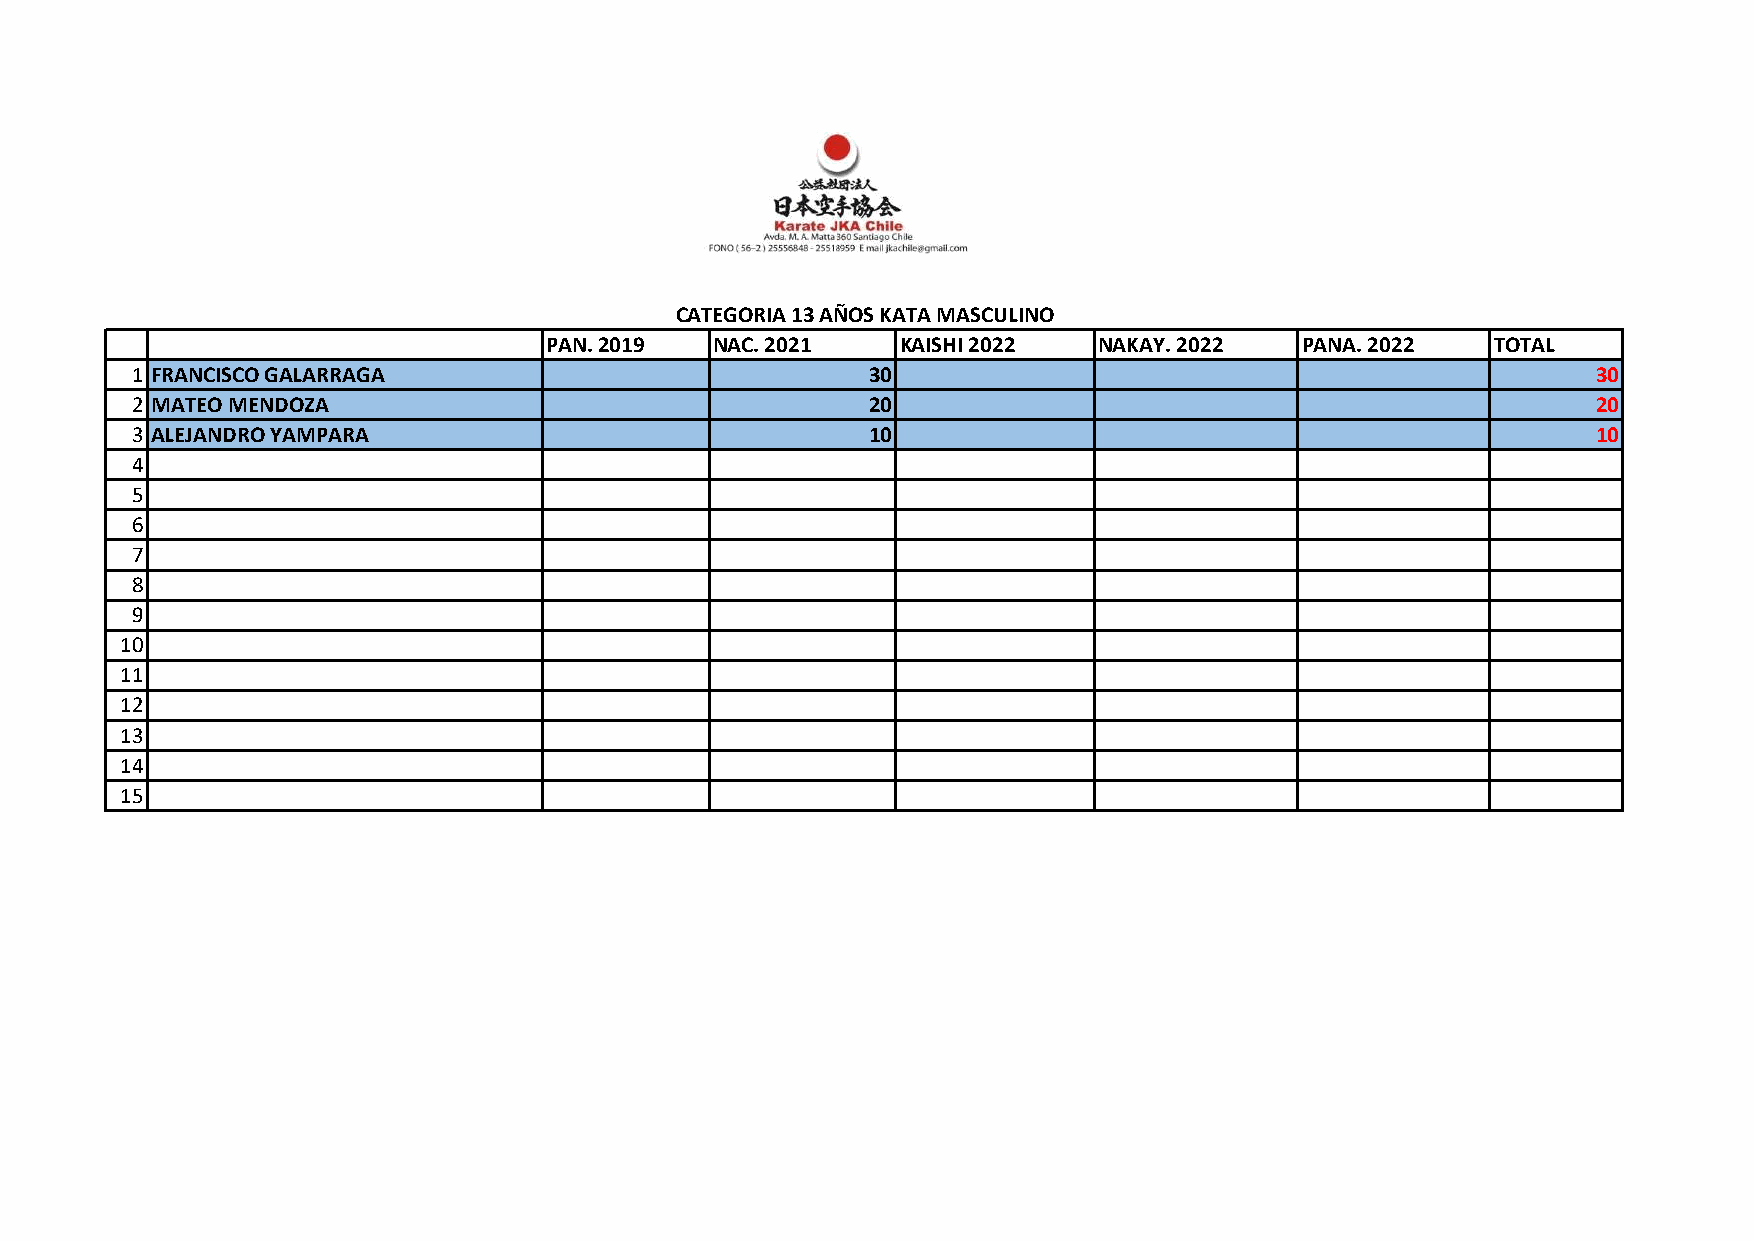
CATEGORIA 13 AÑOS KATA MASCULINO
 PAN. 2019  NAC. 2021    KAISHI 2022  NAKAY. 2022  PANA. 2022   TOTAL
 1 FRANCISCO GALARRAGA                            30                                              30
 2 MATEO MENDOZA                                  20                                              20
 3 ALEJANDRO YAMPARA                              10                                              10
 4
 5
 6
 7
 8
 9
 10
 11
 12
 13
 14
 15